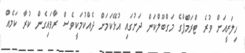
ހިލަރީއަށް ވުރެ ޓްރަމްޕްގެ މަގްބޫލްކަން ދަށުގައި އުޅޭކަމަށް ދެއްކުމަކީވެސް ރާވައިގެން ކުރާ ކަމެއް